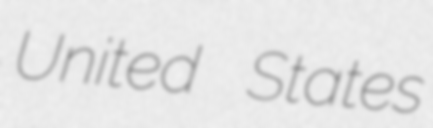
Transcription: United States